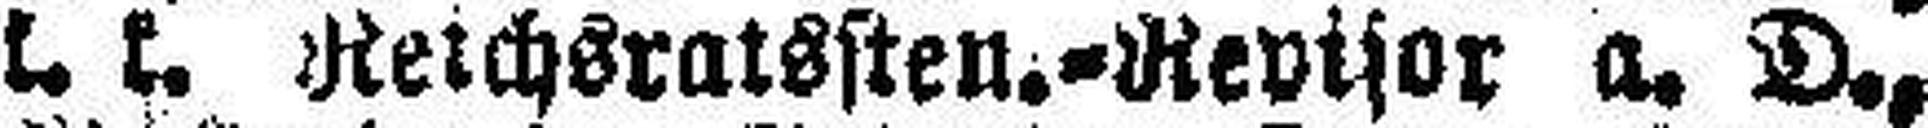
L. L. Reichsratssten.=Revisor a. D.,